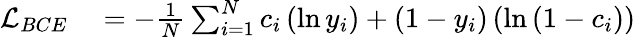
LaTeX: \begin{array}{rl}{\mathcal{L}_{BCE}}&{{}=-\frac{1}{N}\sum_{i=1}^{N}c_{i}\left(\ln y_{i}\right)+\left(1-y_{i}\right)\left(\ln\left(1-c_{i}\right)\right)}\end{array}